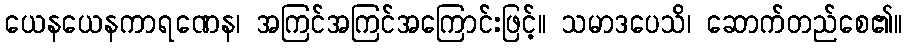
ယေနယေနကာရဏေန၊ အကြင်အကြင်အကြောင်းဖြင့်။ သမာဒပေသိ၊ ဆောက်တည်စေ၏။